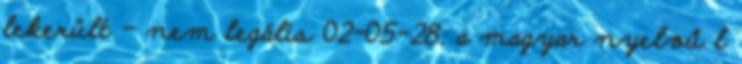
lekerült - nem legális 02-05-28: a magyar nyelvű l